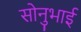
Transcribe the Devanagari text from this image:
सोनुभाई